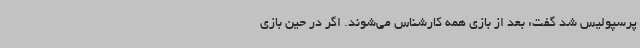
پرسپولیس شد گفت: بعد از بازی همه کارشناس می‌شوند. اگر در حین بازی